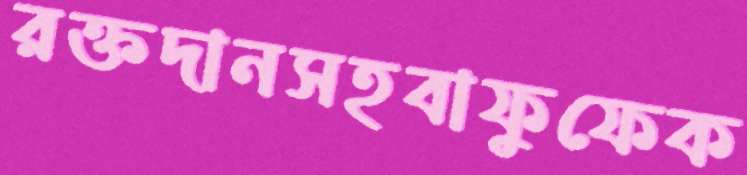
রক্তদানসহবাফুফেক